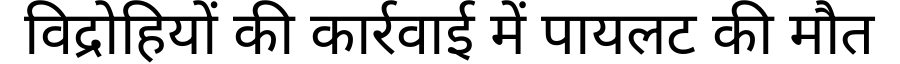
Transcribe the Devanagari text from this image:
विद्रोहियों की कार्रवाई में पायलट की मौत